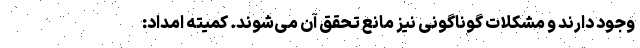
وجود دارند و مشکلات گوناگونی نیز مانع تحقق آن می‌شوند. کمیته امداد: